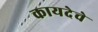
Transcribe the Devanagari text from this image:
कायदेचे